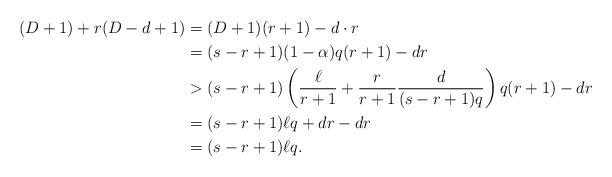
LaTeX: \begin{align*}(D+1) + r(D-d+1) &= (D+1)(r+1) - d\cdot r\\&= (s-r+1)(1-\alpha)q (r+1) - d r\\&> (s-r+1)\left(\frac{\ell}{r+1} + \frac{r}{r+1} \frac{d}{(s-r+1)q}\right)q (r+1) - d r\\&= (s-r+1) \ell q + dr - dr\\&= (s-r+1) \ell q.\end{align*}